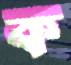
ক